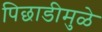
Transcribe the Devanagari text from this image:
पिछाडीमुळे